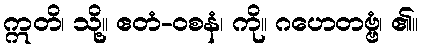
ဣတိ၊ သို့။ ဧတံ-ဝစနံ၊ ကို။ ဂဟေတဗ္ဗံ၊ ၏။